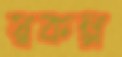
স্বকল্প